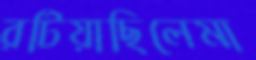
রটিয়াছিলেমা